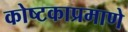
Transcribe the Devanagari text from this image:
कोष्टकाप्रमाणे